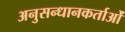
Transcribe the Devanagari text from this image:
अनुसन्धानकर्ताओं